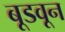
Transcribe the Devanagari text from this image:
बूडवून